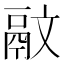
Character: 䰚